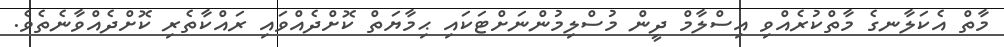
މާތް އެކަލާނގެ މާތްކުރެއްވި އިސްލާމް ދީން މުސްލިމުންނަށްޓަކައި ޙިމާޔަތް ކޮށްދެއްވައި ރައްކާތެރި ކޮށްދެއްވާނެތެވެ.